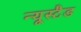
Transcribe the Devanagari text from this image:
न्यूस्टैड